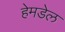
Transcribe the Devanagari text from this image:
हेमडेल